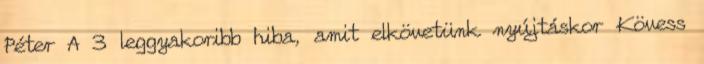
Péter A 3 leggyakoribb hiba, amit elkövetünk nyújtáskor Kövess